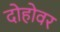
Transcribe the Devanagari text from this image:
दोहोवर